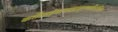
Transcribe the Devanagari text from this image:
कर्तेत्यहंमानमहाकृष्णाहिदंशितः